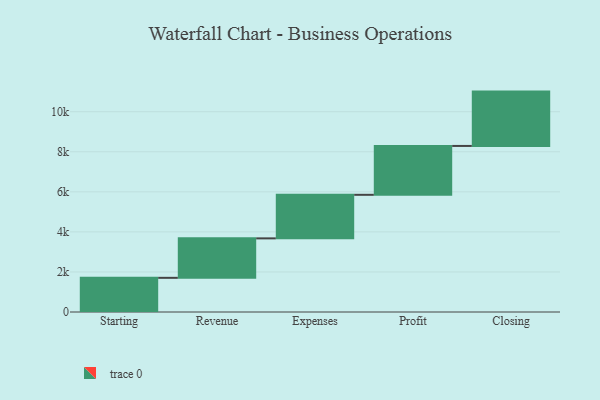
{"axis": {"x": "Step", "y": "Value"}, "legend": [""], "data": [{"x": "Starting", "y": 1706.0, "type": ""}, {"x": "Revenue", "y": 1970.0, "type": ""}, {"x": "Expenses", "y": 2175.0, "type": ""}, {"x": "Profit", "y": 2440.0, "type": ""}, {"x": "Closing", "y": 2713.0, "type": ""}]}